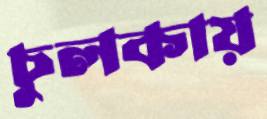
চুলকায়